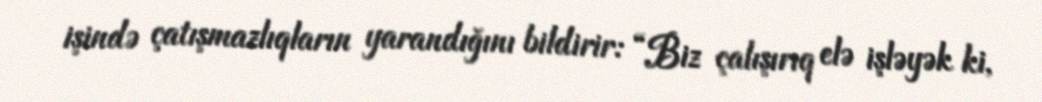
işində çatışmazlıqların yarandığını bildirir: “Biz çalışırıq elə işləyək ki,